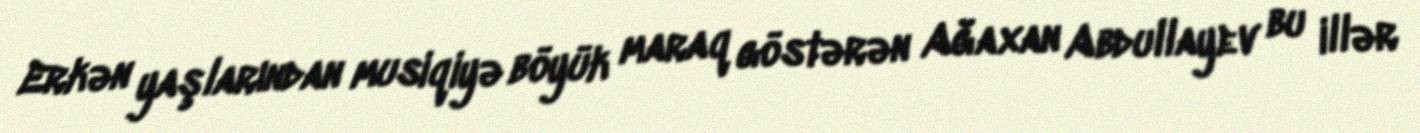
Erkən yaşlarından musiqiyə böyük maraq göstərən Ağaxan Abdullayev bu illər